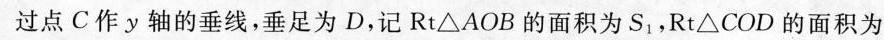
过点C作y轴的垂线，垂足为D，记Rt△AOB的面积为S_{1}，Rt△COD的面积为